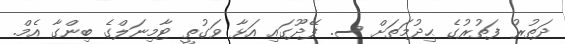
ދަތުރު ފަތުރުގެ ޙިދުމަތަށް ސ. ފޭދޫގައި އަޅާ ވަގުތީ ޓާމިނަލްގެ ބިންގާ އެމް.